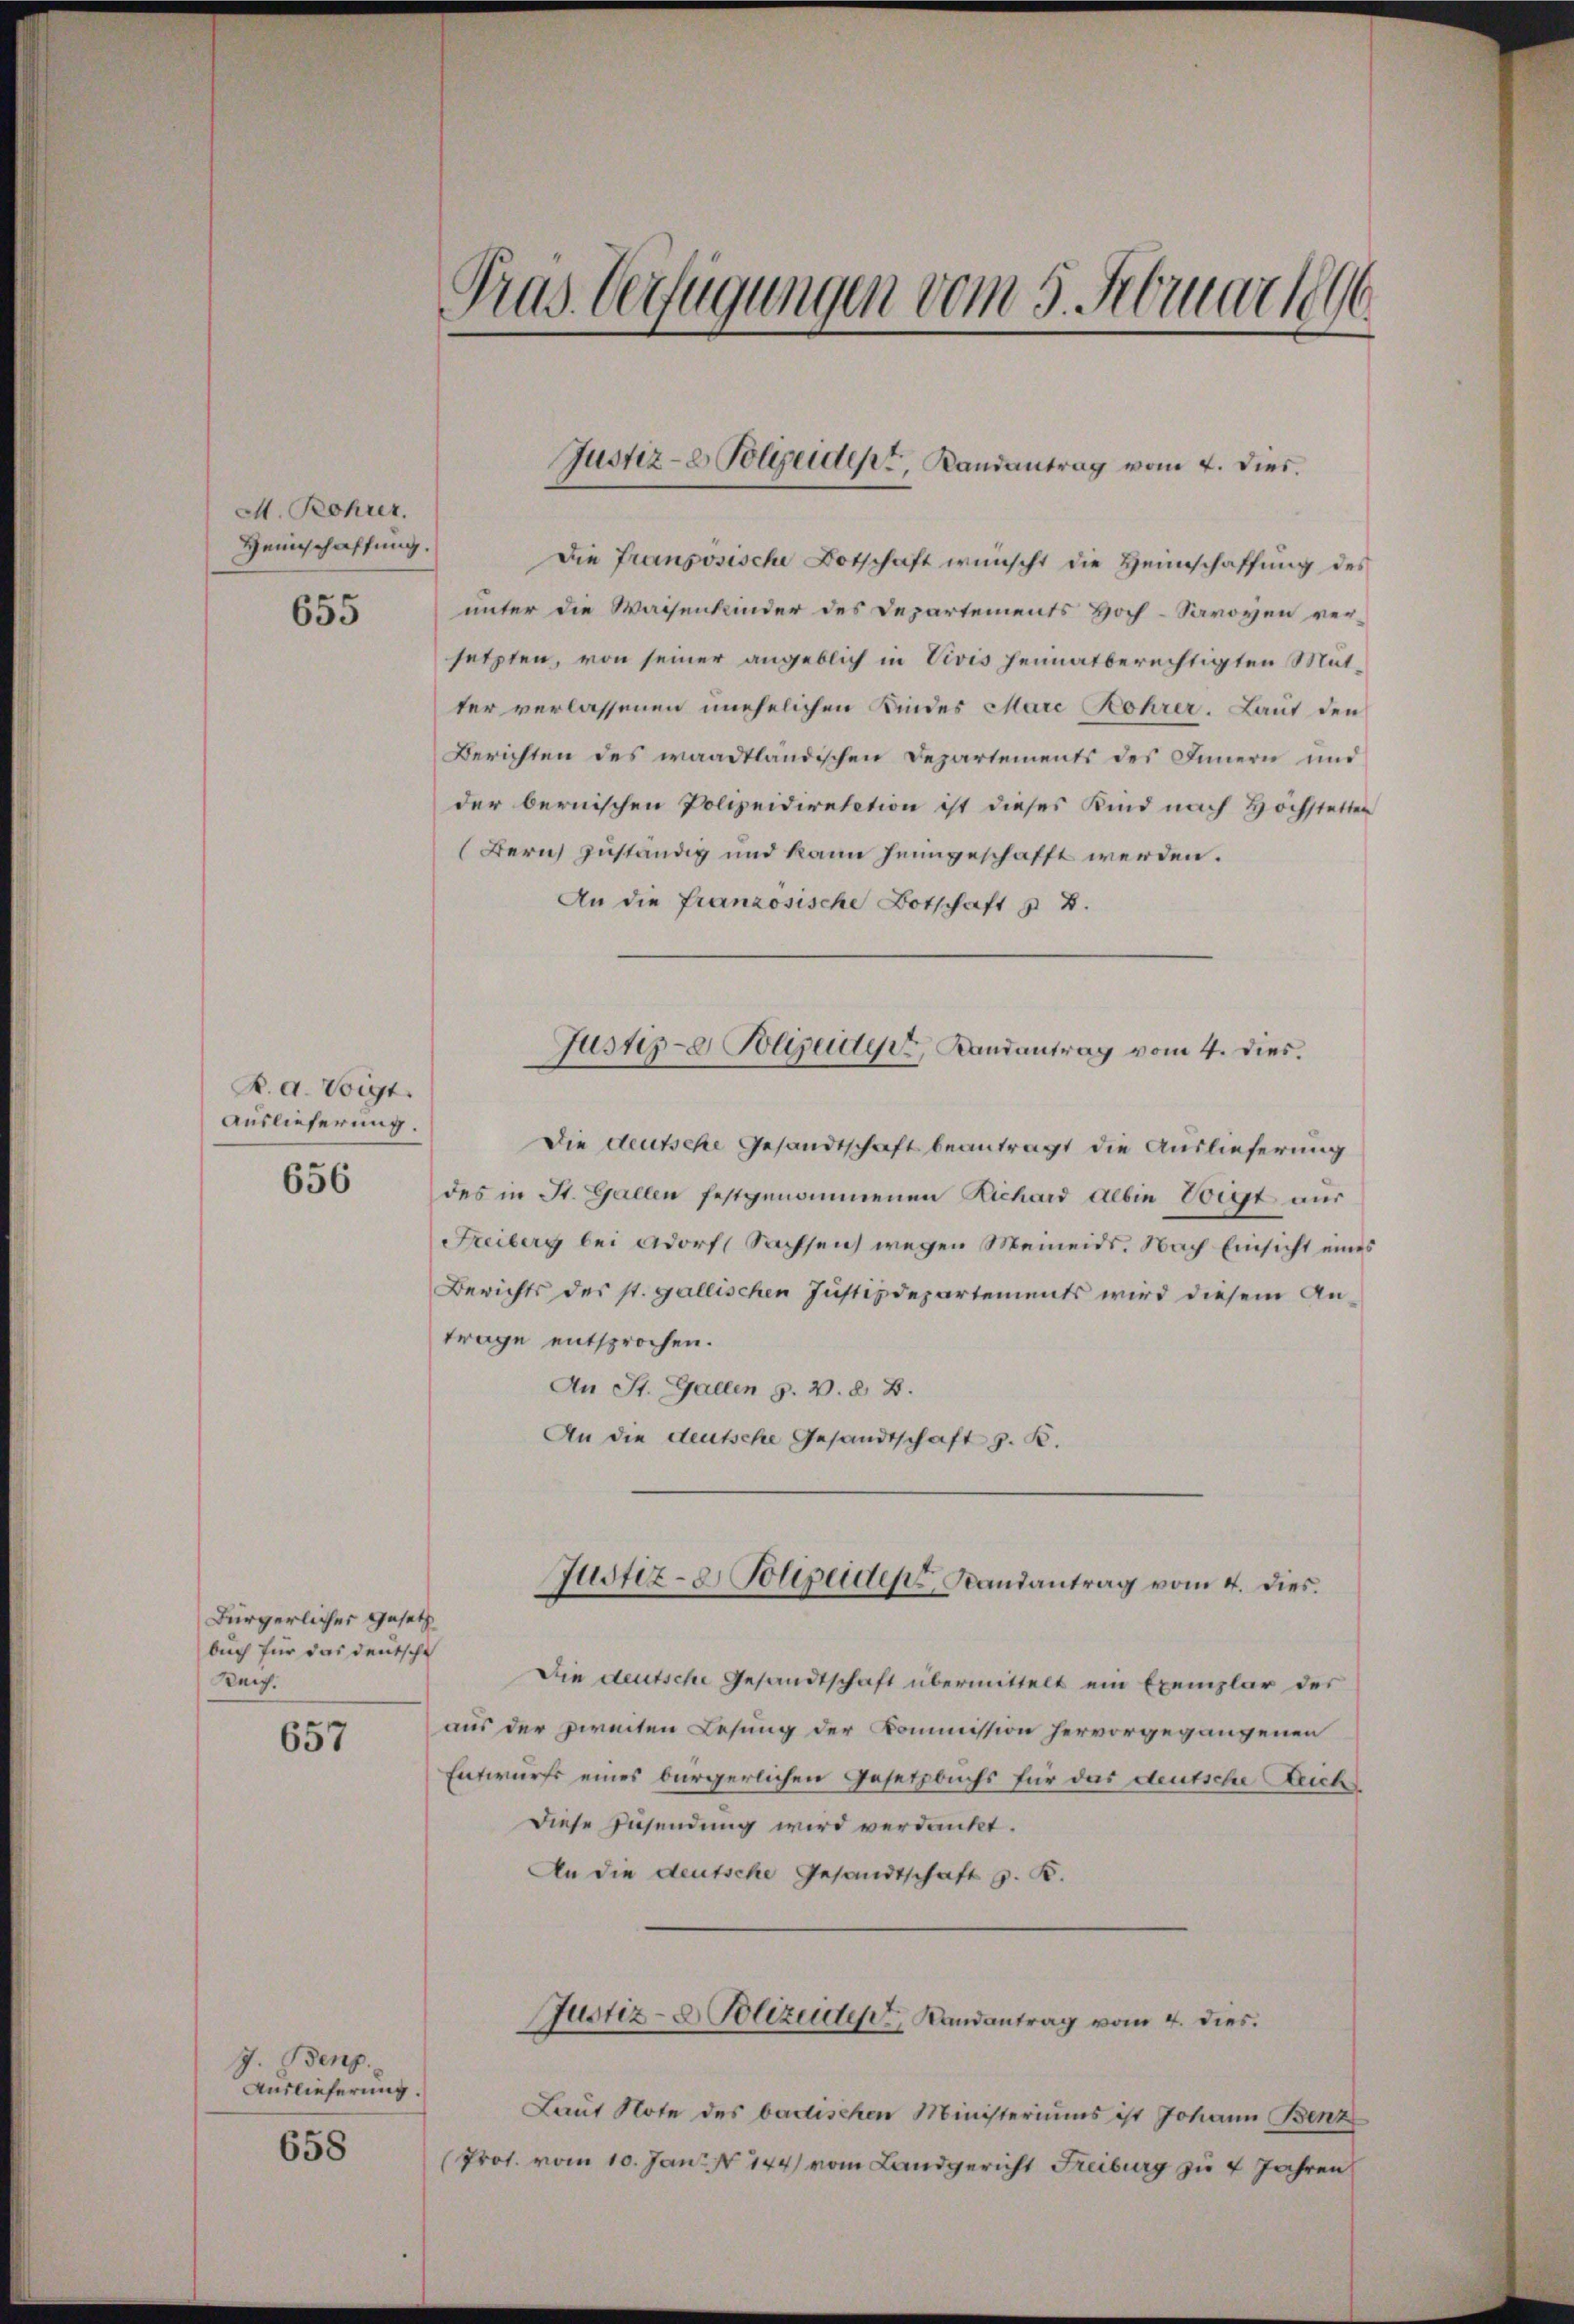
M. Bohner.
Heinschaffung.

655

R. a. Voigt.
Auslieferung.

656

Bürgerlicher Gesetz
buch für das deutsche
Beig.

657

J. Benz
Auslieferung.

658

Tras Verfügungen vom 5. Februar 1846

Justiz- & Polizeidert, Landantrag vom 4. dies

Die Französische Botschaft wünscht die Heimschaffung des
unter die Waisenkinder des Departements Hoch-Savoyen ver-
setzten, von seiner angeblich in Vivis heimatberechtigten Mitter verlassenen unehelichen Kindes Mare Rohrer. Laut den
Berichten des waadtländischen Departements des Innern und
der bernischen Polizeidiretation ist dieses Kind nach Höchstetten
(Bern zuständig und kann heimgeschafft werden.
An die französische Botschaft z. B.

Justiz- & Polizeider Randantrag vom 4. dies

Die deutsche Gesandtschaft beantragt die Auslieferung
des in St. Gallen festgenommenen Richard Albin Voigt aus
Freiberg bei Adorf (Sachsen wegen Meineids. Nach Einsicht eines
Berichts des st. gallischen Justizdepartements wird diesem An-
trage entsprochen.
An St. Gallen H. V. d. 2.
An die deutsche Gesandtschaft z. B.

Justiz- & Polizeiden Randantrag vom 4. dies

Die deutsche Gesandtschaft übermittelt ein Exemplar der
aus der zweiten Lesung der Kommission hervorgegangenen
Entwurfs eines bürgerlichen Gesetzbuchs für das deutsche Reich
Diese Zusendung wird verdankt.
An die deutsche Gesandtschaft z. K.

Justiz- & Polizeide, Landantrag vom 4. dies

Laut Note des badischen Ministeriums ist Johann Benz
(Prot. vom 10. Jan. No 144) vom Landgericht Freiburg zu 4 Jahren